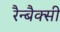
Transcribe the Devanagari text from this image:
रैन्बैक्सी